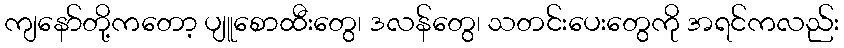
ကျနော်တို့ကတော့ ပျူစောထီးတွေ၊ ဒလန်တွေ၊ သတင်းပေးတွေကို အရင်ကလည်း